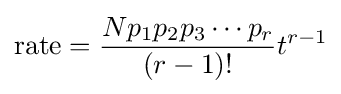
\mathrm {rate} ={\frac {Np_{1}p_{2}p_{3}\cdots p_{r}}{(r-1)!}}t^{r-1}